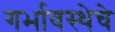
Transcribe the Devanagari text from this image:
गर्भावस्थेचे